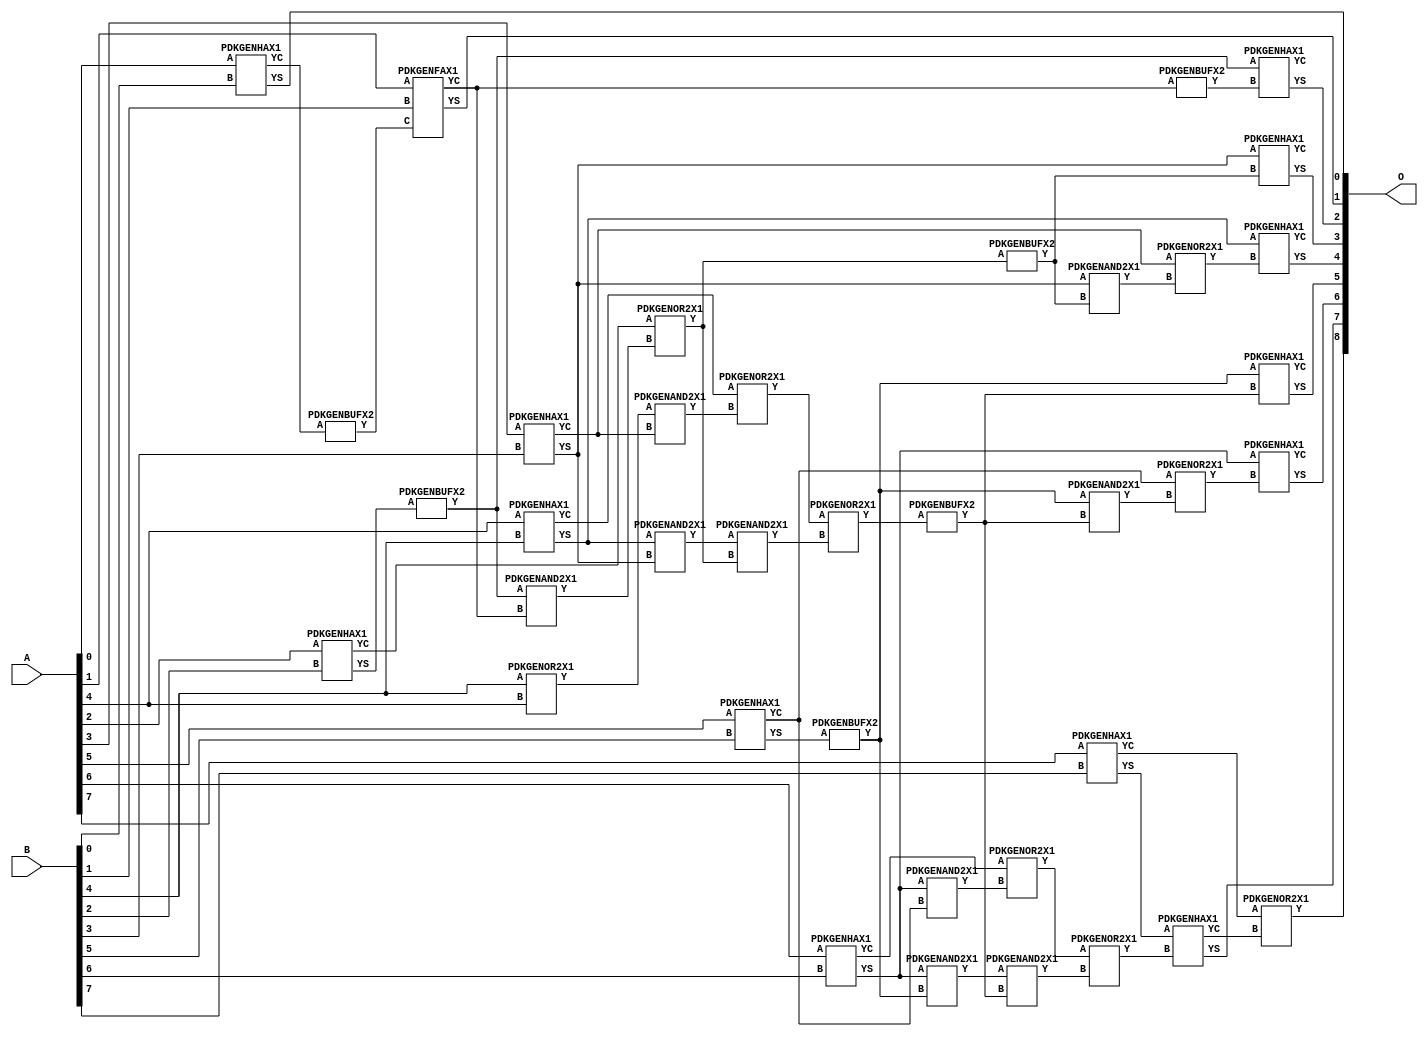
// Library = EvoApprox8b
// Circuit = add8_029
// Area   (180) = 1880
// Delay  (180) = 1.350
// Power  (180) = 675.20
// Area   (45) = 126
// Delay  (45) = 0.580
// Power  (45) = 54.49
// Nodes = 38
// HD = 0
// MAE = 0.00000
// MSE = 0.00000
// MRE = 0.00 %
// WCE = 0
// WCRE = 0 %
// EP = 0.0 %

module add8_029(A, B, O);
  input [7:0] A;
  input [7:0] B;
  output [8:0] O;
  wire [2031:0] N;

  assign N[0] = A[0];
  assign N[1] = A[0];
  assign N[2] = A[1];
  assign N[3] = A[1];
  assign N[4] = A[2];
  assign N[5] = A[2];
  assign N[6] = A[3];
  assign N[7] = A[3];
  assign N[8] = A[4];
  assign N[9] = A[4];
  assign N[10] = A[5];
  assign N[11] = A[5];
  assign N[12] = A[6];
  assign N[13] = A[6];
  assign N[14] = A[7];
  assign N[15] = A[7];
  assign N[16] = B[0];
  assign N[17] = B[0];
  assign N[18] = B[1];
  assign N[19] = B[1];
  assign N[20] = B[2];
  assign N[21] = B[2];
  assign N[22] = B[3];
  assign N[23] = B[3];
  assign N[24] = B[4];
  assign N[25] = B[4];
  assign N[26] = B[5];
  assign N[27] = B[5];
  assign N[28] = B[6];
  assign N[29] = B[6];
  assign N[30] = B[7];
  assign N[31] = B[7];

  PDKGENHAX1 n32(.A(N[0]), .B(N[16]), .YS(N[32]), .YC(N[33]));
  PDKGENBUFX2 n34(.A(N[33]), .Y(N[34]));
  PDKGENFAX1 n40(.A(N[2]), .B(N[18]), .C(N[34]), .YS(N[40]), .YC(N[41]));
  PDKGENOR2X1 n46(.A(N[24]), .B(N[8]), .Y(N[46]));
  assign N[47] = N[46];
  PDKGENHAX1 n50(.A(N[4]), .B(N[20]), .YS(N[50]), .YC(N[51]));
  PDKGENBUFX2 n56(.A(N[50]), .Y(N[56]));
  assign N[57] = N[56];
  PDKGENHAX1 n58(.A(N[6]), .B(N[22]), .YS(N[58]), .YC(N[59]));
  PDKGENHAX1 n68(.A(N[8]), .B(N[24]), .YS(N[68]), .YC(N[69]));
  PDKGENHAX1 n78(.A(N[10]), .B(N[26]), .YS(N[78]), .YC(N[79]));
  PDKGENHAX1 n86(.A(N[12]), .B(N[28]), .YS(N[86]), .YC(N[87]));
  PDKGENBUFX2 n90(.A(N[78]), .Y(N[90]));
  assign N[91] = N[90];
  PDKGENHAX1 n96(.A(N[14]), .B(N[30]), .YS(N[96]), .YC(N[97]));
  PDKGENAND2X1 n106(.A(N[56]), .B(N[41]), .Y(N[106]));
  assign N[107] = N[106];
  PDKGENOR2X1 n124(.A(N[51]), .B(N[107]), .Y(N[124]));
  PDKGENAND2X1 n134(.A(N[47]), .B(N[59]), .Y(N[134]));
  assign N[135] = N[134];
  PDKGENAND2X1 n142(.A(N[68]), .B(N[58]), .Y(N[142]));
  assign N[143] = N[142];
  PDKGENOR2X1 n152(.A(N[69]), .B(N[135]), .Y(N[152]));
  PDKGENAND2X1 n162(.A(N[86]), .B(N[79]), .Y(N[162]));
  PDKGENAND2X1 n170(.A(N[86]), .B(N[90]), .Y(N[170]));
  assign N[171] = N[170];
  PDKGENOR2X1 n180(.A(N[87]), .B(N[162]), .Y(N[180]));
  PDKGENBUFX2 n198(.A(N[124]), .Y(N[198]));
  assign N[199] = N[198];
  PDKGENAND2X1 n208(.A(N[143]), .B(N[124]), .Y(N[208]));
  PDKGENOR2X1 n226(.A(N[152]), .B(N[208]), .Y(N[226]));
  assign N[227] = N[226];
  PDKGENBUFX2 n272(.A(N[227]), .Y(N[272]));
  assign N[273] = N[272];
  PDKGENAND2X1 n282(.A(N[171]), .B(N[273]), .Y(N[282]));
  PDKGENOR2X1 n292(.A(N[180]), .B(N[282]), .Y(N[292]));
  assign N[293] = N[292];
  PDKGENBUFX2 n310(.A(N[41]), .Y(N[310]));
  assign N[311] = N[310];
  PDKGENAND2X1 n320(.A(N[58]), .B(N[199]), .Y(N[320]));
  PDKGENOR2X1 n328(.A(N[59]), .B(N[320]), .Y(N[328]));
  PDKGENAND2X1 n338(.A(N[91]), .B(N[272]), .Y(N[338]));
  PDKGENOR2X1 n348(.A(N[79]), .B(N[338]), .Y(N[348]));
  assign N[349] = N[348];
  PDKGENHAX1 n366(.A(N[57]), .B(N[311]), .YS(N[366]), .YC(N[367]));
  PDKGENHAX1 n376(.A(N[58]), .B(N[199]), .YS(N[376]), .YC(N[377]));
  PDKGENHAX1 n384(.A(N[68]), .B(N[328]), .YS(N[384]), .YC(N[385]));
  PDKGENHAX1 n394(.A(N[91]), .B(N[272]), .YS(N[394]), .YC(N[395]));
  PDKGENHAX1 n404(.A(N[86]), .B(N[349]), .YS(N[404]), .YC(N[405]));
  PDKGENHAX1 n412(.A(N[96]), .B(N[293]), .YS(N[412]), .YC(N[413]));
  PDKGENOR2X1 n422(.A(N[97]), .B(N[413]), .Y(N[422]));

  assign O[0] = N[32];
  assign O[1] = N[40];
  assign O[2] = N[366];
  assign O[3] = N[376];
  assign O[4] = N[384];
  assign O[5] = N[394];
  assign O[6] = N[404];
  assign O[7] = N[412];
  assign O[8] = N[422];

endmodule
/* mod */
module PDKGENAND2X1(input A, input B, output Y );
     assign Y = A & B;
endmodule
/* mod */
module PDKGENOR2X1(input A, input B, output Y );
     assign Y = A | B;
endmodule
/* mod */
module PDKGENHAX1( input A, input B, output YS, output YC );
    assign YS = A ^ B;
    assign YC = A & B;
endmodule
/* mod */
module PDKGENFAX1( input A, input B, input C, output YS, output YC );
    assign YS = (A ^ B) ^ C;
    assign YC = (A & B) | (B & C) | (A & C);
endmodule
/* mod */
module PDKGENBUFX2(input A, output Y );
     assign Y = A;
endmodule